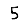
Digit: 5